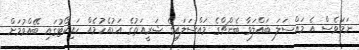
ނަމަވެސް އެ މައްސަލަ ބައްލަވާ ބެންޗްގެ މައްސަލައިގެ ޝަރީއަތުގެ އަޑުއެހުމެއް ހައިކޯޓުގައި ބޭއްވުމަށް